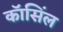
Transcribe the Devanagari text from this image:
कॉसिंल